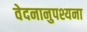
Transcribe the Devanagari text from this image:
वेदनानुपश्यना